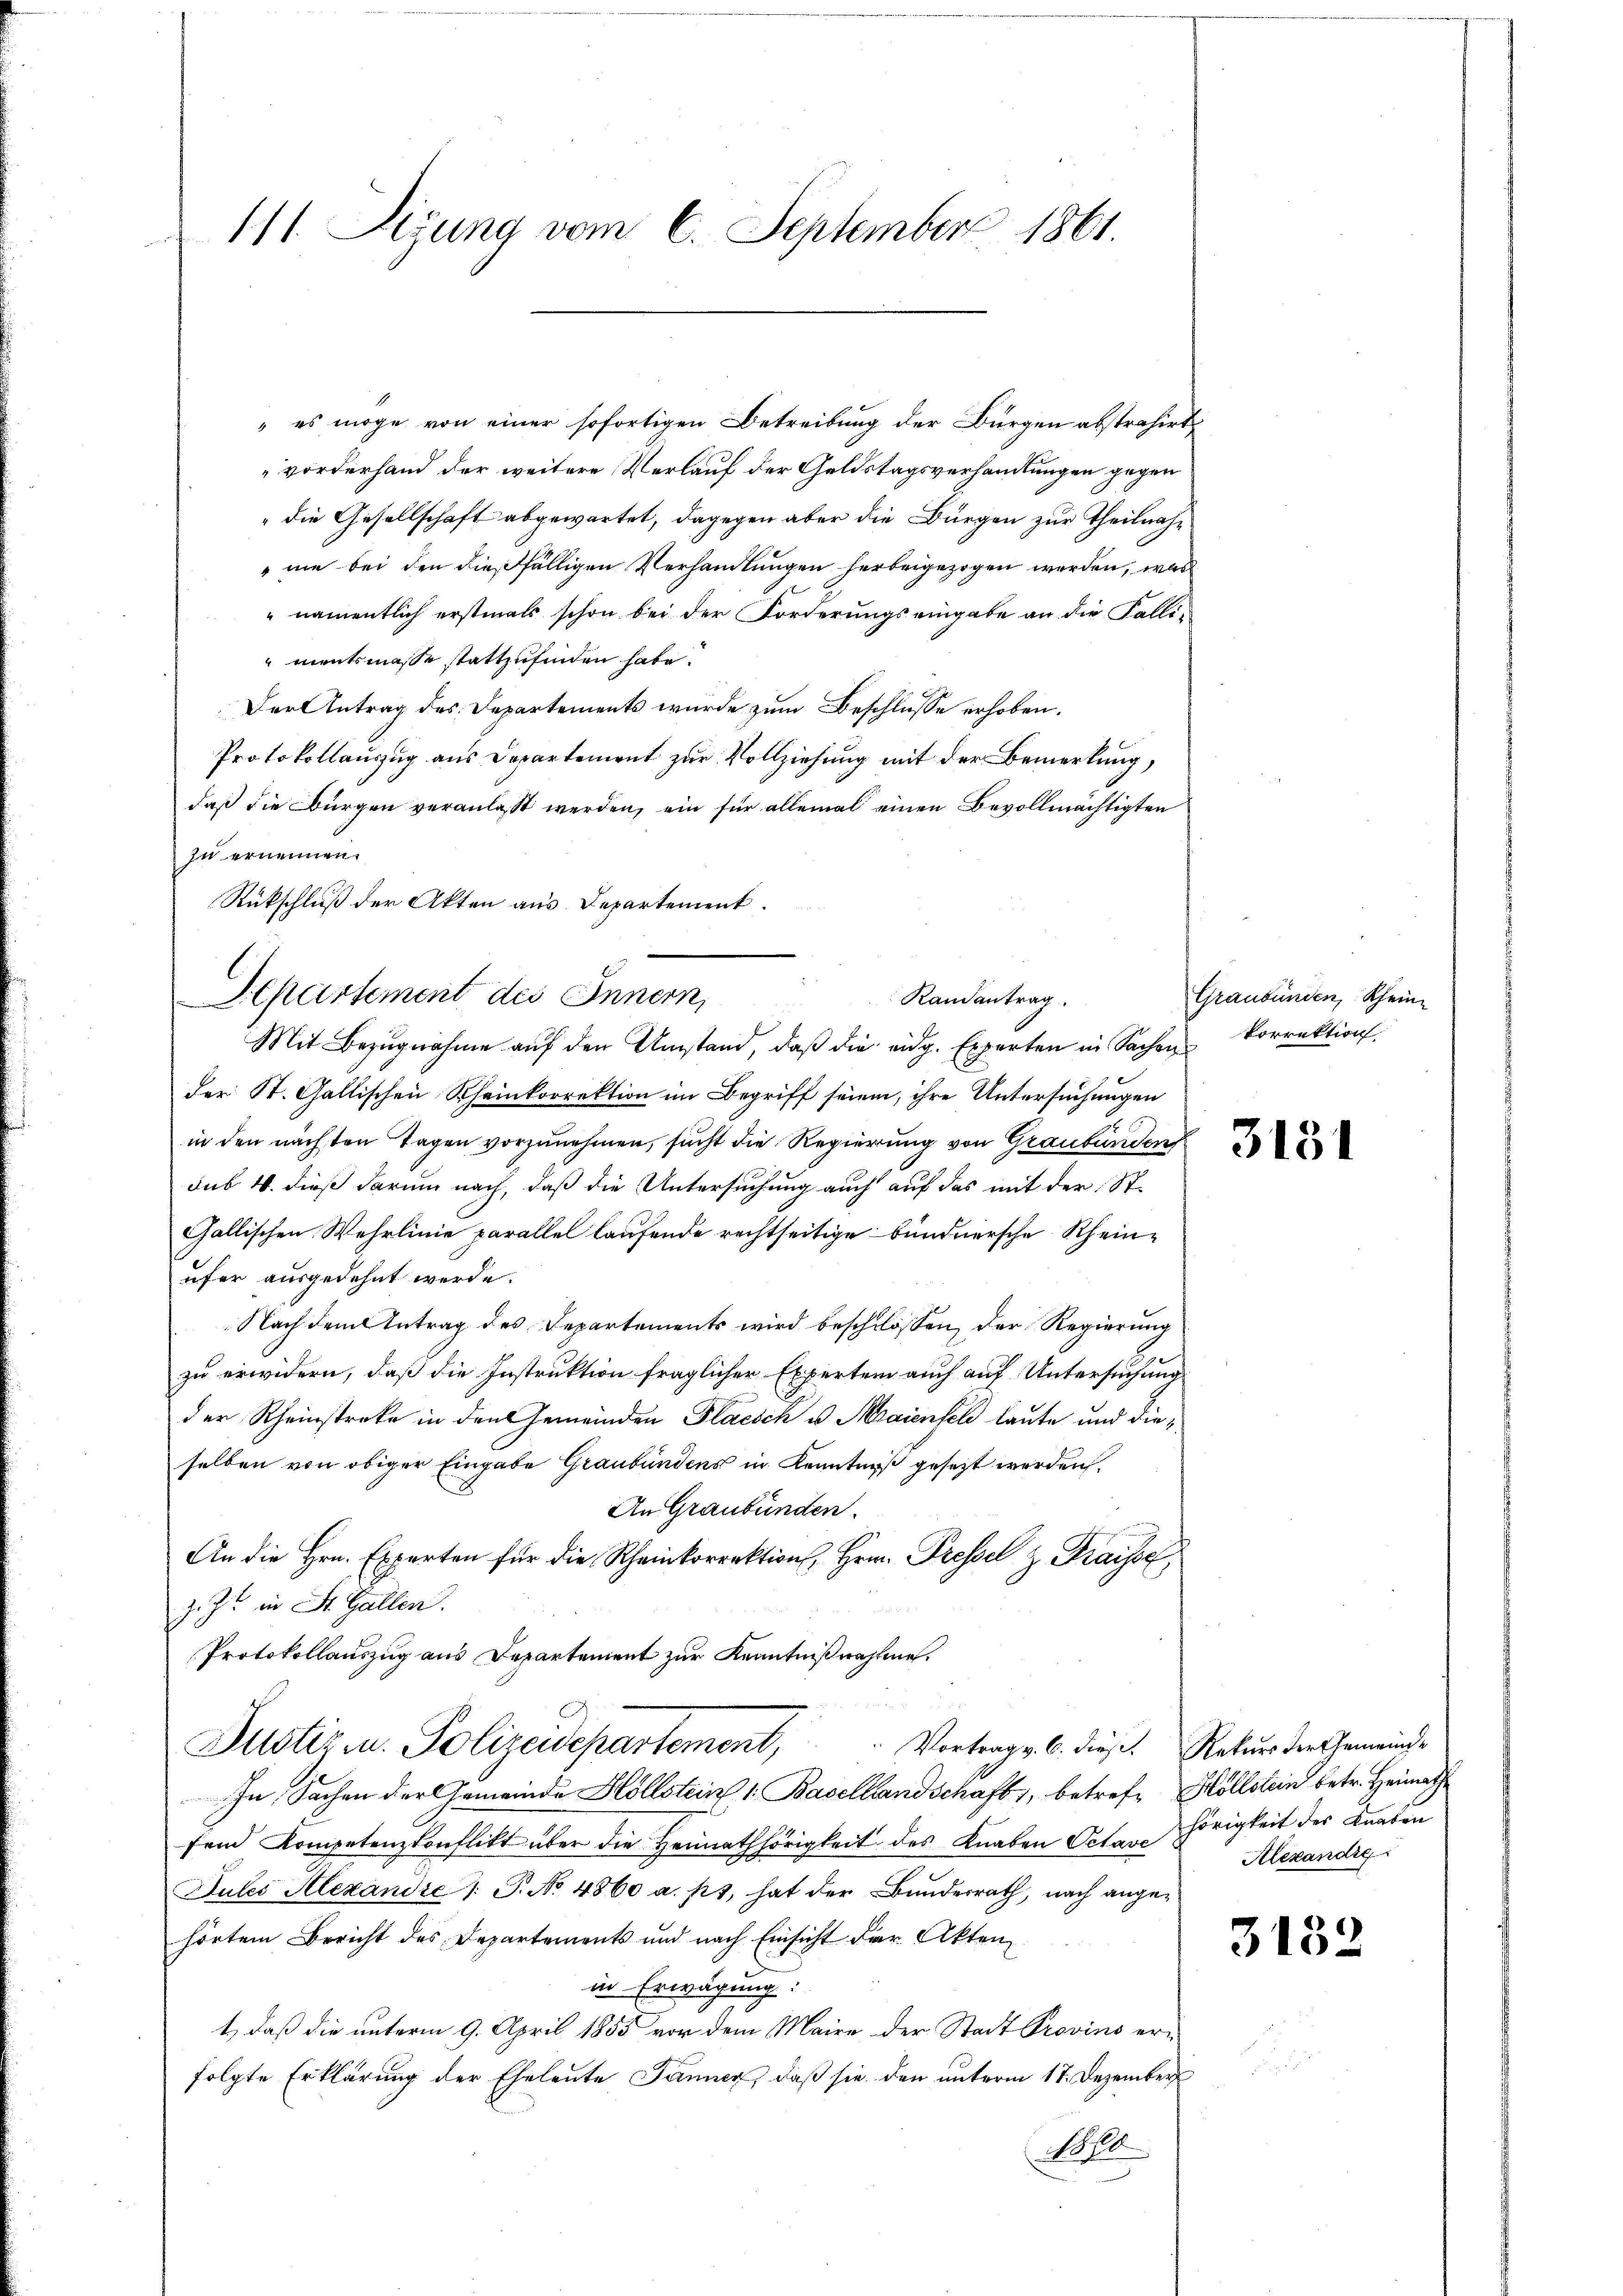
111. Sigung vom 6. September 1861.

" es möge von einer sofortigen Betreibung der Bürgen abstrahirt,
vorderhand der weitere Verlauf der Geldstagsverhandlungen gegen
"die Gesellschaft abgewartet, dagegen aber die Bürgen zur Theilnahe
ne bei den dießfälligen Verhandlungen herbeigezogen werden, was
" namentlich erstmals schon bei der Forderungs eingabe an die Fälli-
mentsmasse stattzufinden habe.
Der Antrag des Departements wurde zum Beschlüsse erhoben.
Protokollauszug aus Departement zur Vollziehung mit der Bemerkung,
daß die Bürgen veranlaßt werden, ein für allemal einen Bevollmächtigten
zu ernennen.
Rückschluß der Akten aus Departement.
Mit Bezugnahme auf den Umstand, daß die eidg. Experten in Sachen
der St. Gallischen Rheinkorrektion im Begriff seien, ihre Untersuchungen
in den nächten Tagen vorzunehmen, sucht die Regierung von Graubünden
sub. 4. dieß darum nach, daß die Untersuchung auch auf das mit der St.
Gallischen Wehrlinie parallel laufende rechtseitige bundnersche Rhein-
ufer ausgedehnt werde.
Nach dem Antrag des Departements wird beschlossen, der Regierung
zu erwidern, daß die Instruktion fraglicher Expertem auch auf Untersuchung
der Rheinstreke in den Gemeinden Placsch u. Maienfch laute und dieselben von obiger Eingabe Graubündens in Kenntniß gesezt werden.
An Graubünden.
An die Hrn. Experten für die Rheinkorrektion, Hrn. Pressel z. Fraisse,
z. Zt. in St. Gallen.
Protokollauszug aus Departement zur Kenntnißnahme.
Justiz u. Polizeidepartement, Vortrags 6. dies. Rekurs der Gemeind-
In Sachen der Gemeinde Höllstein 1. Basellandschaft, betreff Höllstein betr. Heimath
fend Kompetenzkonflikt über die Heimathörigkeit des Knaben Octarhörigkeit des Knaben
Pules Alexandre 1. P. No 4860 a. pr. hat der Bŭndesrath, nach ange-
hörten Bericht des Departements und nach Einsicht dar. Akten,
in Erwägung:
t., daß die unterm 9. April 1855 vor dem Maire der Stadt Provins erfolgte Erklärung der Eheleute Jänner, daß sie den unterm 17. Dezember
All

C
Departement des Innern,
Randantrag.

Graubünden, Rheine
Vorrektion.

Alexandre

3132